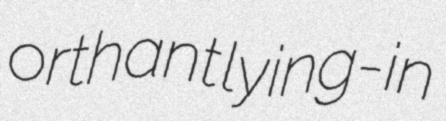
orthant lying-in